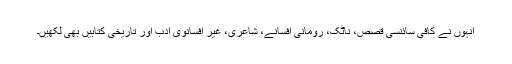
اِنہوں نے کافی سائنسی قصص، ناٹک، رومانی افسانے، شاعری، غیر افسانوی ادب اور تاریخی کتابیں بھی لکھیں۔